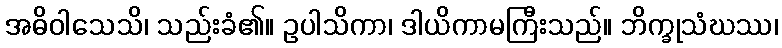
အဓိဝါသေသိ၊ သည်းခံ၏။ ဥပါသိကာ၊ ဒါယိကာမကြီးသည်။ ဘိက္ခုသံဃဿ၊